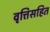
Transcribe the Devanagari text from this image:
वृत्तिसहित